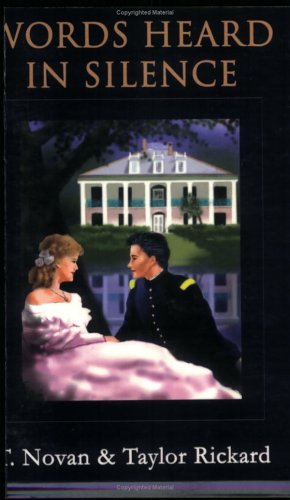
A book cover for Words Heard in Silence; T. Novan; Romance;